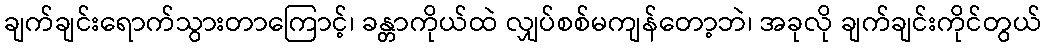
ချက်ချင်းရောက်သွားတာကြောင့်၊ ခန္တာကိုယ်ထဲ လျှပ်စစ်မကျန်တော့ဘဲ၊ အခုလို ချက်ချင်းကိုင်တွယ်